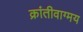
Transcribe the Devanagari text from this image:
क्रांतीवाग्मय